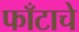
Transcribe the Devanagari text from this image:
फाँटाचे